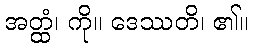
အတ္ထံ၊ ကို။ ဒေဿတိ၊ ၏။